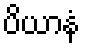
ပိယာနံ